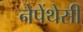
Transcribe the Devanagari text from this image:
नेपेंथेसी